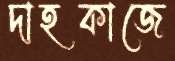
দাহকাজে